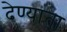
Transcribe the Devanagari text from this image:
देण्याता